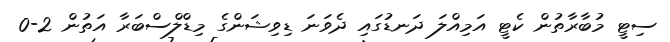
ސިޓީ މުބާރާތުން ކެޓީ އަމިއްލަ ދަނޑުގައި ދެވަނަ ޑިވިޝަންގެ މިޑްލްސްބަރާ އަތުން 2-0